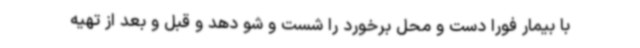
با بیمار فورا دست و محل برخورد را شست و شو دهد و قبل و بعد از تهیه